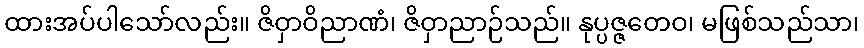
ထားအပ်ပါသော်လည်း။ ဇိဝှာဝိညာဏံ၊ ဇိဝှာညာဉ်သည်။ နုပ္ပဇ္ဇတေဝ၊ မဖြစ်သည်သာ၊